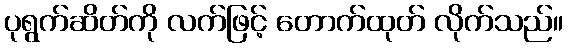
ပုရွက်ဆိတ်ကို လက်ဖြင့် တောက်ထုတ် လိုက်သည်။